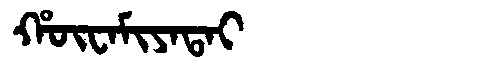
Manchu: ᡥᡡᠸᠠᠮᡳᠶᠠᡨᠠᡳ
Romanization: HŪWAMIYATAI